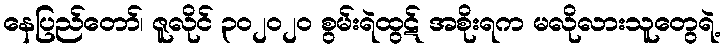
နေပြည်တော်၊ ဇူလိုင် ၃၀၂၀၂၀ စွမ်းရဲထွဋ် အစိုးရက မလိုလားသူတွေရဲ့